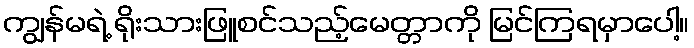
ကျွန်မရဲ့ ရိုးသားဖြူစင်သည့်မေတ္တာကို မြင်ကြရမှာပေါ့။